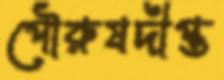
পৌরুষদীপ্ত